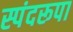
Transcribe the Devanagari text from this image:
स्पंदरूपा